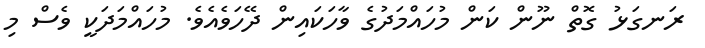
ރަނގަޅު ގޮތް ނޫން ކަން މުހައްމަދުގެ ވާހަކައިން ދޭހަވެއެވެ. މުހައްމަދަކީ ވެސް މި